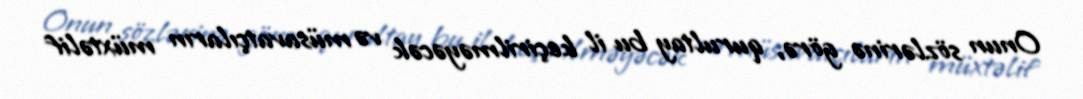
Onun sözlərinə görə, qurultay bu il keçirilməyəcək və müsavatçıların müxtəlif